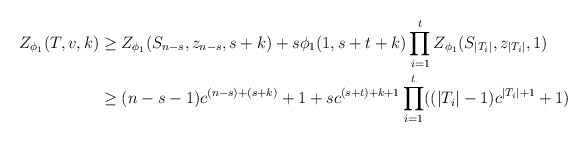
\begin{align*} Z_{\phi_1}(T, v, k) &\geq Z_{\phi_1}(S_{n-s},z_{n-s}, s+k) + s\phi_1(1, s+t+k)\prod_{i=1}^t Z_{\phi_1}(S_{|T_i|},z_{|T_i|}, 1)\\&\geq (n-s-1)c^{(n-s)+(s+k)}+1+sc^{(s+t)+k+1}\prod_{i=1}^t ((|T_i|-1)c^{|T_i|+1}+1)\end{align*}